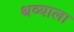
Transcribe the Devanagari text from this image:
थव्याला